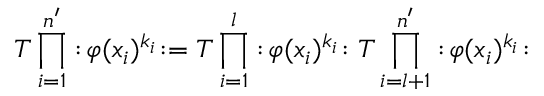
T \prod _ { i = 1 } ^ { n ^ { \prime } } : \! \varphi ( x _ { i } ) ^ { k _ { i } } \! : = T \prod _ { i = 1 } ^ { l } : \! \varphi ( x _ { i } ) ^ { k _ { i } } \! : T \prod _ { i = l + 1 } ^ { n ^ { \prime } } : \! \varphi ( x _ { i } ) ^ { k _ { i } } \! :